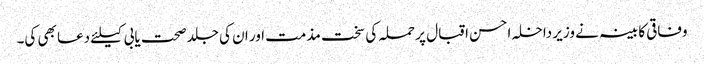
وفاقی کابینہ نے وزیر داخلہ احسن اقبال پر حملہ کی سخت مذمت اور ان کی جلد صحت یابی کیلئے دعا بھی کی۔